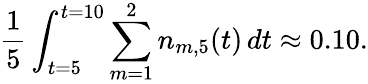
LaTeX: \frac{1}{5}\int_{t=5}^{t=10}\sum_{m=1}^{2}n_{m,5}(t)\, dt\approx 0.10.